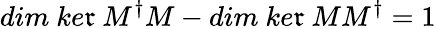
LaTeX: dim\ ke\mathfrak{r}\ M^{\dagger}M-dim\ ke\mathfrak{r}\ MM^{\dagger}=1